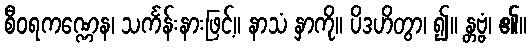
စီဝရကဏ္ဏေန၊ သင်္ကန်းနားဖြင့်။ နာသံ နှာကို။ ပိဒဟိတွာ၊ ၍။ န္တဗ္ဗံ၊ ၏။